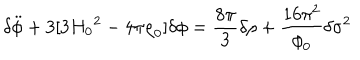
LaTeX: { \delta } \ddot { \phi } + 3 [ 3 { H _ { 0 } } ^ { 2 } - 4 { \pi } { \rho } _ { 0 } ] { \delta } { \phi } = \frac { 8 { \pi } } { 3 } { \delta } { \rho } + \frac { 1 6 { \pi } ^ { 2 } } { { \phi } _ { 0 } } { \delta } { { \sigma } ^ { 2 } }